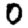
Digit: 0